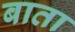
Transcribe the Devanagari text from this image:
बाता